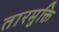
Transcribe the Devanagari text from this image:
तारमुक्ति